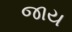
જાય